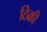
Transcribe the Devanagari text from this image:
ठिक्री